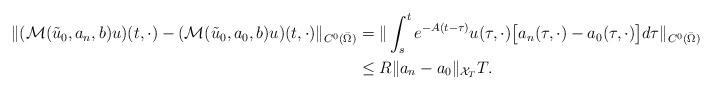
LaTeX: \begin{align*}\|(\mathcal{M}(\tilde u_0,a_n,b)u)(t,\cdot)-(\mathcal{M}(\tilde u_0,a_0,b)u)(t,\cdot)\|_{C^0(\bar\Omega)}&= \| \int_s^t e^{ -A(t-\tau)} u(\tau,\cdot)\big[a_n(\tau,\cdot)-a_0(\tau,\cdot)\big] d\tau\|_{C^0(\bar\Omega)}\\&\le R \|a_n-a_0\|_{\mathcal{X}_T} T.\end{align*}